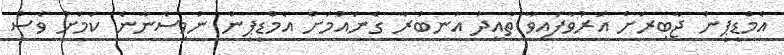
އެމްޑީޕީން ޖާބިރަށް އަރުވާފައިވާ ތާއީދު އަނބުރާ ގެނައުމަށް އެމްޑީޕީން ނުވިސްނާނެ ކަމަށް ވެސް